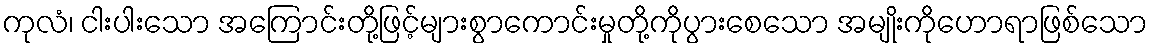
ကုလံ၊ ငါးပါးသော အကြောင်းတို့ဖြင့်များစွာကောင်းမှုတို့ကိုပွားစေသော အမျိုးကိုဟောရာဖြစ်သော